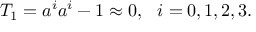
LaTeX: T _ { 1 } = a ^ { i } a ^ { i } - 1 \approx 0 , \, \, \, \, i = 0 , 1 , 2 , 3 .